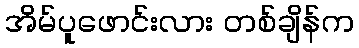
အိမ်ပူဖောင်းလား တစ်ချိန်က